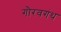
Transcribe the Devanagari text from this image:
गौरवगंथ